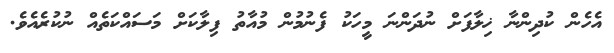
އެހެން ކުދިންނާ ޚިލާފަށް ނުދަންނަ މީހަކު ފެނުމުން މުއާތު ފިލާކަށް މަސައްކަތެއް ނުކުރެއެވެ.